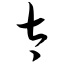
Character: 太